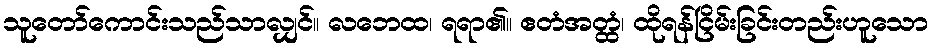
သူတော်ကောင်းသည်သာလျှင်။ လဘေထ၊ ရရာ၏။ ဧတံအတ္ထံ၊ ထိုရန်ငြိမ်းခြင်းတည်းဟူသော